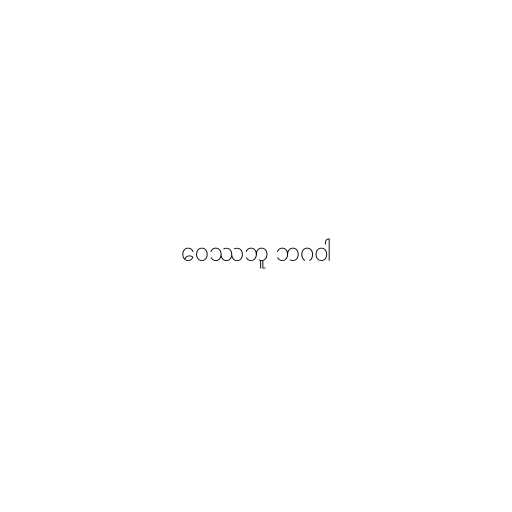
ဝေဿဘူ ဘဂဝါ